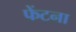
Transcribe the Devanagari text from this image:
फेंटना